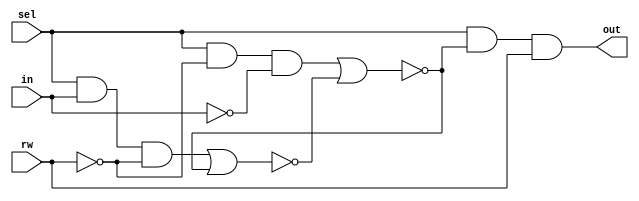
module bc(in, rw, sel, out);

  input in, rw, sel;
  output out;

  wire w1, w2, w3, w4;
  // not n1(w6, in);
  // not n2(w7, rw);
  and a1(w1, sel, in, ~rw);
  and a2(w2, sel, ~rw, ~in);
  nor nr1(w3, w1, w4);
  nor nr2(w4, w2, w3);
  and a3(out, sel, w4, rw);

endmodule